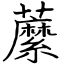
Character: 䕷